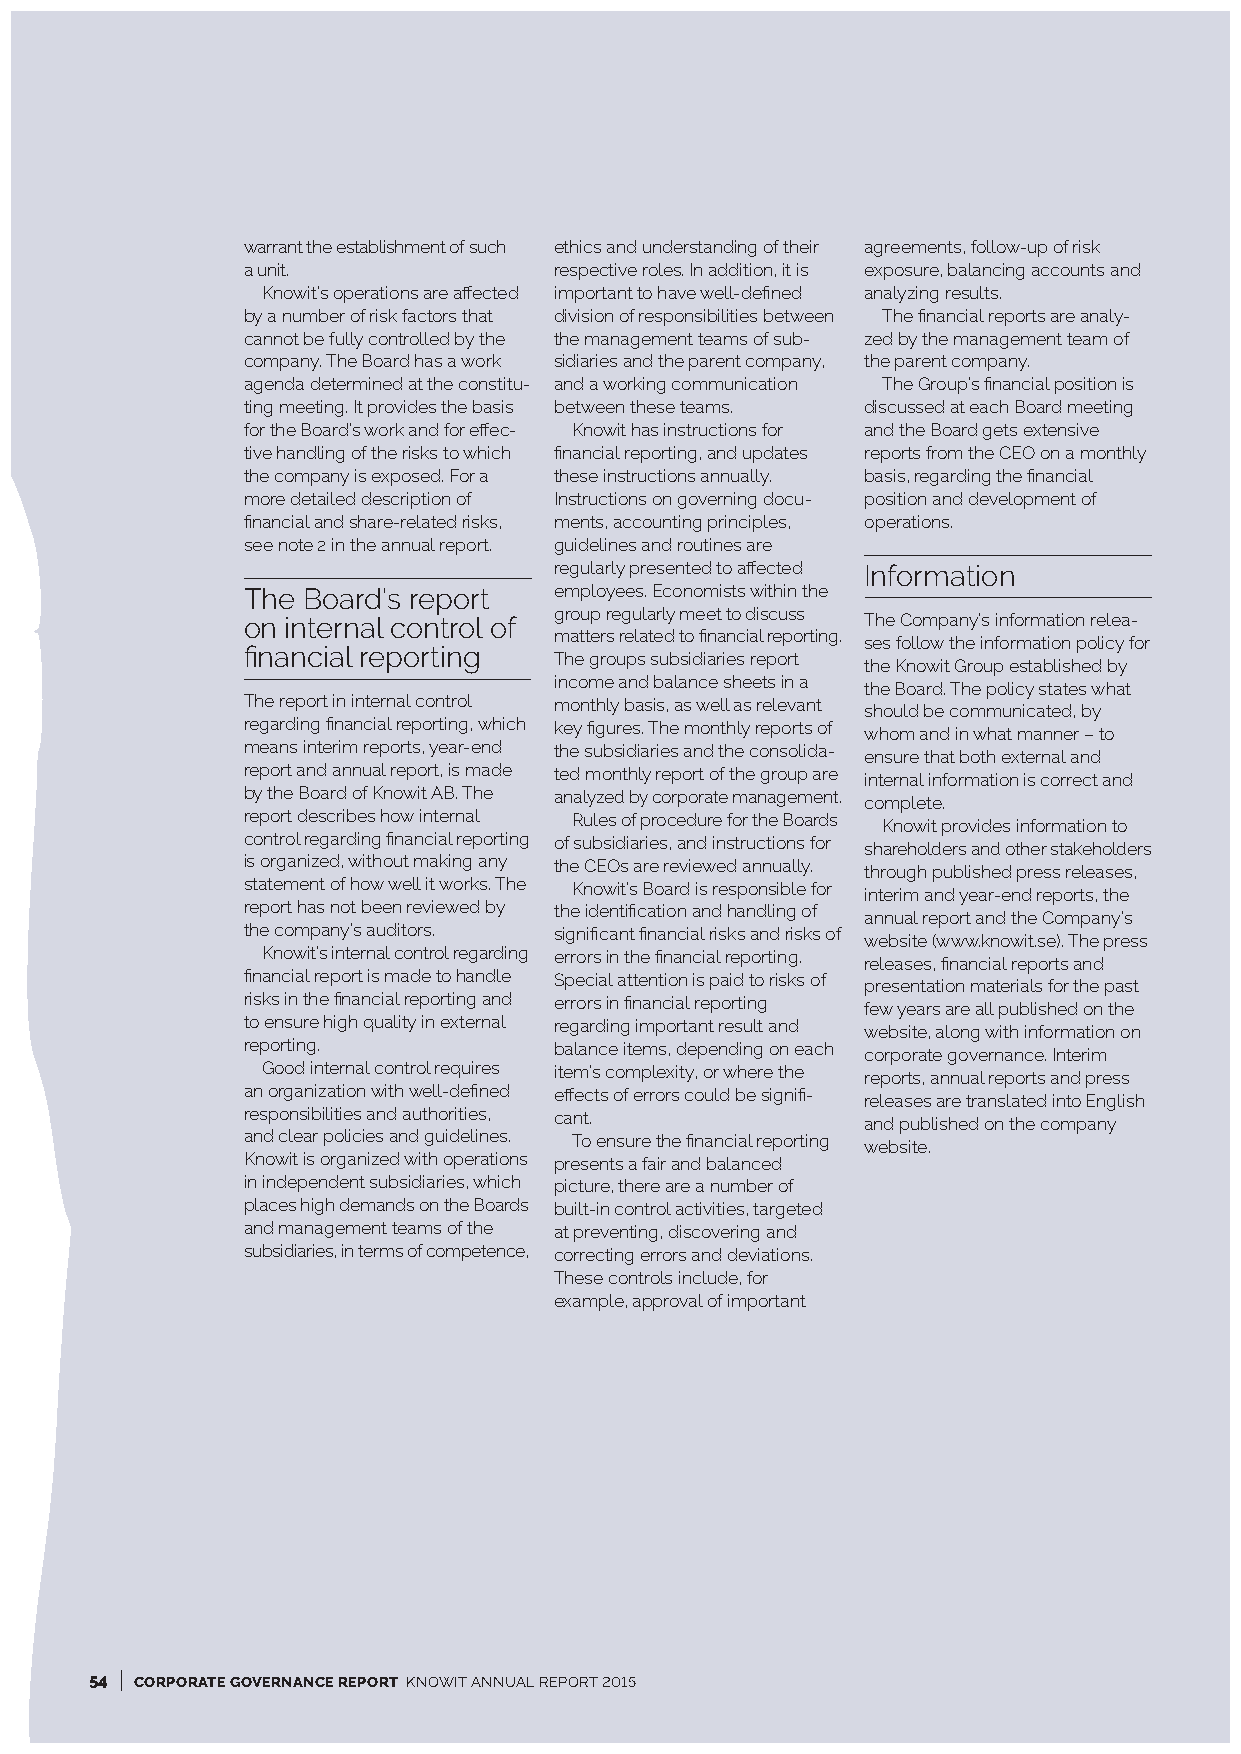
warrant the establishment of such ethics and understanding of their agreements, follow-up of risk
 a unit.              respective roles. In addition, it is exposure, balancing accounts and
 Knowit’s operations are affected important to have well-defined analyzing results.
 by a number of risk factors that division of responsibilities between The financial reports are analy-
 cannot be fully controlled by the the management teams of sub- zed by the management team of
 company. The Board has a work sidiaries and the parent company, the parent company.
 agenda determined at the constitu- and a working communication The Group’s financial position is
 ting meeting. It provides the basis between these teams. discussed at each Board meeting
 for the Board’s work and for effec- Knowit has instructions for and the Board gets extensive
 tive handling of the risks to which financial reporting, and updates reports from the CEO on a monthly
 the company is exposed. For a these instructions annually. basis, regarding the financial
 more detailed description of Instructions on governing docu- position and development of
 financial and share-related risks, ments, accounting principles, operations.
 see note 2 in the annual report. guidelines and routines are
 regularly presented to affected Information
 The Board’s report   employees. Economists within the
 group regularly meet to discuss
 on internal control of                   The Company’s information relea-
 matters related to financial reporting.
 ses follow the information policy for
 financial reporting
 The groups subsidiaries report
 the Knowit Group established by
 income and balance sheets in a
 the Board. The policy states what
 The report in internal control monthly basis, as well as relevant
 should be communicated, by
 regarding financial reporting, which key figures. The monthly reports of
 whom and in what manner – to
 means interim reports, year-end the subsidiaries and the consolida-
 ensure that both external and
 report and annual report, is made ted monthly report of the group are
 internal information is correct and
 by the Board of Knowit AB. The analyzed by corporate management. complete.
 report describes how internal Rules of procedure for the Boards Knowit provides information to
 control regarding financial reporting of subsidiaries, and instructions for
 shareholders and other stakeholders
 is organized, without making any the CEOs are reviewed annually.
 through published press releases,
 statement of how well it works. The Knowit’s Board is responsible for
 interim and year-end reports, the
 report has not been reviewed by the identification and handling of
 annual report and the Company’s
 the company’s auditors. significant financial risks and risks of
 website (www.knowit.se). The press
 Knowit’s internal control regarding errors in the financial reporting.
 releases, financial reports and
 financial report is made to handle Special attention is paid to risks of
 presentation materials for the past
 risks in the financial reporting and errors in financial reporting
 few years are all published on the
 to ensure high quality in external regarding important result and
 website, along with information on
 reporting.           balance items, depending on each
 corporate governance. Interim
 Good internal control requires item’s complexity, or where the
 reports, annual reports and press
 an organization with well-defined effects of errors could be signifi-
 releases are translated into English
 responsibilities and authorities, cant.
 and published on the company
 and clear policies and guidelines. To ensure the financial reporting
 website.
 Knowit is organized with operations presents a fair and balanced
 in independent subsidiaries, which picture, there are a number of
 places high demands on the Boards built-in control activities, targeted
 and management teams of the at preventing, discovering and
 subsidiaries, in terms of competence, correcting errors and deviations.
 These controls include, for
 example, approval of important
 I
 54 CORPORATE GOVERNANCE REPORT KNOWIT ANNUAL REPORT 2015